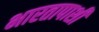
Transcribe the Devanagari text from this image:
भारतापाशी